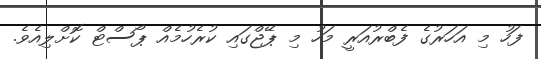
ފަހު މި އަހަރުގެ ފެބްރުއަރީ މަހު މި ޕޭޖްގައި ކުރެހުމެއް ޕޯސްޓް ކޮށްލިއެވެ.